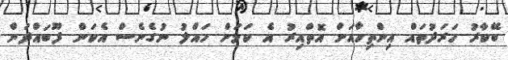
ބޭކާރު ހަރަދުތައް އިންތިހާއަށް އޮތްއިރު އެ ކަމަށް ހައްލު ނުގެނެސް އެކަން ފޫބައްދަން